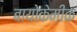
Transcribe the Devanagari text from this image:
बायोकेमीक